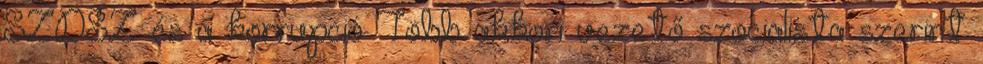
SZDSZ és a korrupció Több akkori vezető szocialista szerint